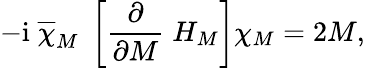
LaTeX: -\mathrm{i}\; \overline{{\chi}}_{M}\; \left[\frac{\partial}{\partial M}\; H_{M}\right]\chi_{M}=2M,